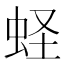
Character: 蛏